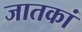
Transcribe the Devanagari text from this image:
जातकां